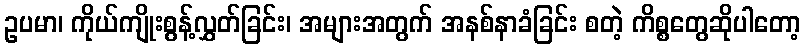
ဥပမာ၊ ကိုယ်ကျိုးစွန့်လွှတ်ခြင်း၊ အများအတွက် အနစ်နာခံခြင်း စတဲ့ ကိစ္စတွေဆိုပါတော့